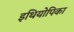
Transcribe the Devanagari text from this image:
इथियोपिका